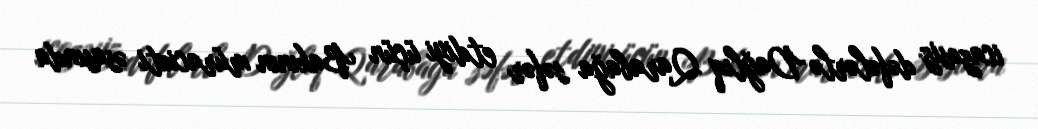
icazəsiz dəfələrlə Dağlıq Qarabağa səfər etdiyi üçün Bakının müraciəti əsasında